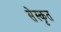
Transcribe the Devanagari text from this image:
सेस्कृत